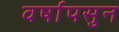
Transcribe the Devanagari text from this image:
वर्षापसुन